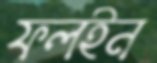
ফলইন